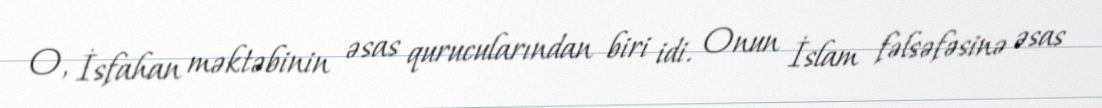
O, İsfahan məktəbinin əsas qurucularından biri idi. Onun İslam fəlsəfəsinə əsas